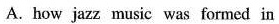
A.how jazz music was formed in